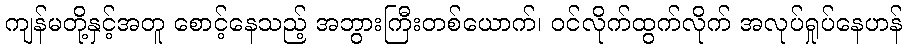
ကျန်မတို့နှင့်အတူ စောင့်နေသည့် အဘွားကြီးတစ်ယောက်၊ ဝင်လိုက်ထွက်လိုက် အလုပ်ရှုပ်နေဟန်